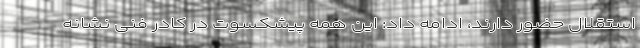
استقلال حضور دارند، ادامه داد: این همه پیشکسوت در کادر فنی نشانه